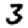
Digit: 3